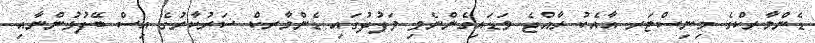
ޑެންމާރކްގެ މިނިސްޓަރ އާއެކު ރާއްޖެ ވަޑައިގެންނެވި ވަފުދުގައި ޑެންމާރކް ސަރުކާރުގެ އިސް ބޭފުޅުންނާއި